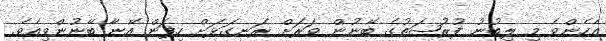
އެހެންވެ މި ލިބުނު ފުރުޞަތުގެ ބޭނުން ވަރަށް ރަނގަޅަށް ހިފަން އޭނާ ބޭނުންވިއެވެ.